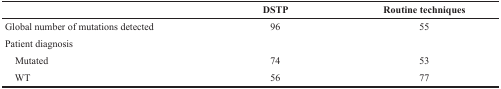
|  | DSTP | Routine techniques |
 | --- | --- | --- |
 | Global number of mutations detected | 96 | 55 |
 | Patient diagnosis |  |  |
 | Mutated | 74 | 53 |
 | WT | 56 | 77 |